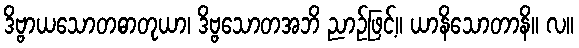
ဒိဗ္ဗာယသောတဓာတုယာ၊ ဒိဗ္ဗသောတအဘိ ညာဉ်ဖြင့်။ ယာနိသောတာနိ။ လ။